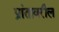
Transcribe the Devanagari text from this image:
प्रांतावरील